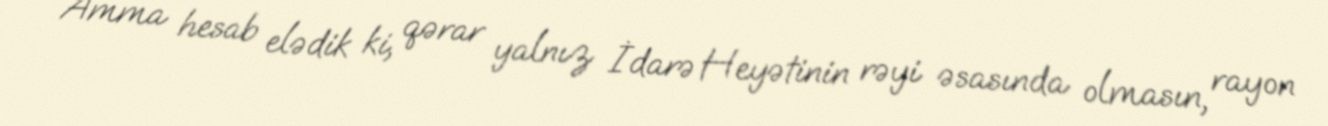
Amma hesab elədik ki, qərar yalnız İdarə Heyətinin rəyi əsasında olmasın, rayon